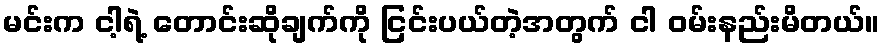
မင်းက ငါ့ရဲ့ တောင်းဆိုချက်ကို ငြင်းပယ်တဲ့အတွက် ငါ ဝမ်းနည်းမိတယ်။